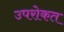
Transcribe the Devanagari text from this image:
उपरोकत